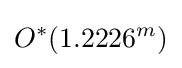
O^{*}(1.2226^{m})